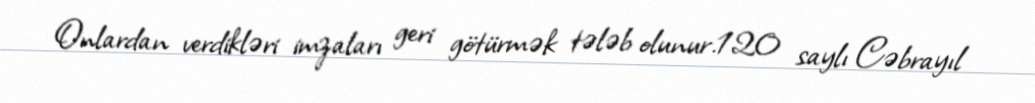
Onlardan verdikləri imzaları geri götürmək tələb olunur.120 saylı Cəbrayıl